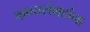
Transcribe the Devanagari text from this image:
काव्यसंग्रहांना